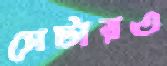
সেটারও